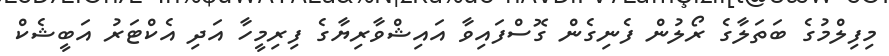
މިފިލްމުގެ ބަތަލާގެ ރޯލުން ފެނިގެން ގޮސްފައިވާ އައިޝްވާރިޔާގެ ފިރިމީހާ އަދި އެކްޓަރު އަބީޝެކް